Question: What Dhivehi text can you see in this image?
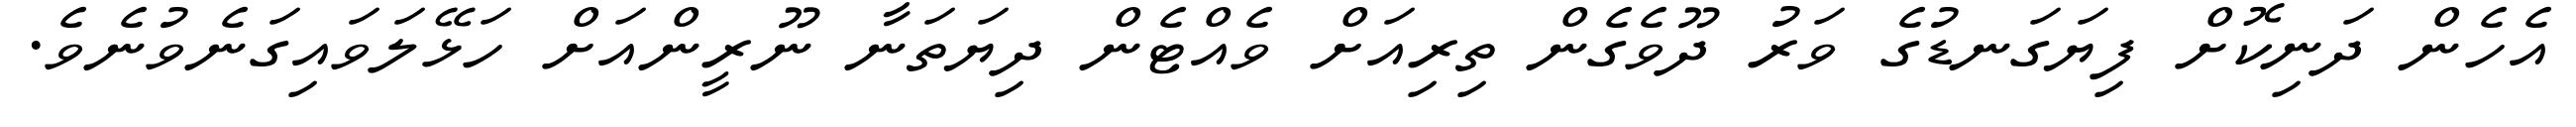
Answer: އެހެން ދަނިކޮށް ފިޔަގަނޑުގެ ވަރު ދޫވެގެން ތިރިއަށް ވެއްޓެން ދިޔަތަނާ ނޫރީންއަށް ހަޅޭލަވައިގަނެވުނެވެ.